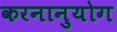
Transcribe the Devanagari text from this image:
करनानुयोग